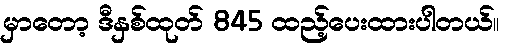
မှာတော့ ဒီနှစ်ထုတ် 845 ထည့်ပေးထားပါတယ်။